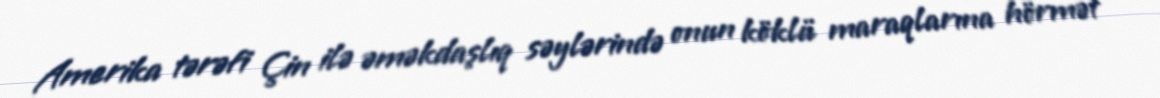
Amerika tərəfi Çin ilə əməkdaşlıq səylərində onun köklü maraqlarına hörmət